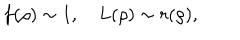
LaTeX: f ( \rho ) \sim 1 , \quad L ( \rho ) \sim r ( \rho ) ,